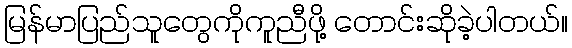
မြန်မာပြည်သူတွေကိုကူညီဖို့ တောင်းဆိုခဲ့ပါတယ်။